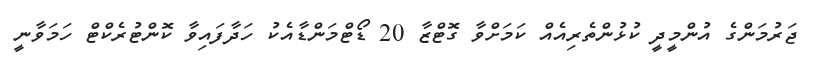
ޖަރުމަންގެ އުންމީދީ ކުޅުންތެރިއެއް ކަމަށްވާ ގޮޓްޒާ 20 ޑޯޓްމަންޑާއެކު ހަދާފައިވާ ކޮންޓުރެކްޓް ހަމަވާނީ